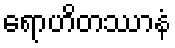
ရောဟိတဿာနံ